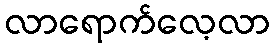
လာရောက်လေ့လာ